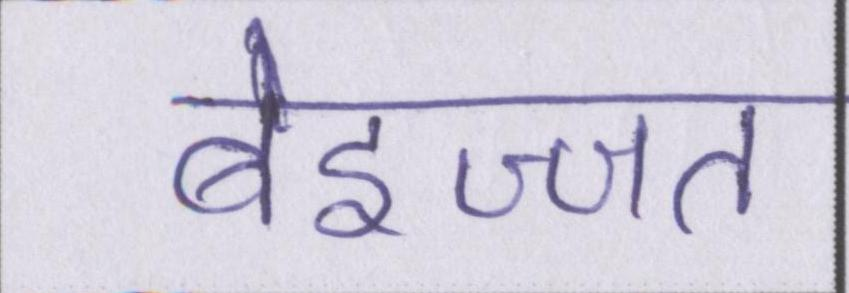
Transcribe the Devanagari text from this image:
बेइज्जत